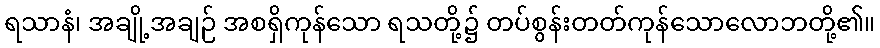
ရသာနံ၊ အချို့အချဉ် အစရှိကုန်သော ရသတို့၌ တပ်စွန်းတတ်ကုန်သောလောဘတို့၏။